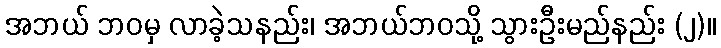
အဘယ် ဘဝမှ လာခဲ့သနည်း၊ အဘယ်ဘဝသို့ သွားဦးမည်နည်း (၂)။